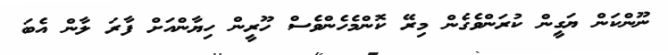
ނޫންކަން ޔަގީން ކުރަންވެގެން މިރޭ ކޮންމެހެންވެސް ހޫރީން ހިޔާންއަށް ފާރަ ލާން އެބަ